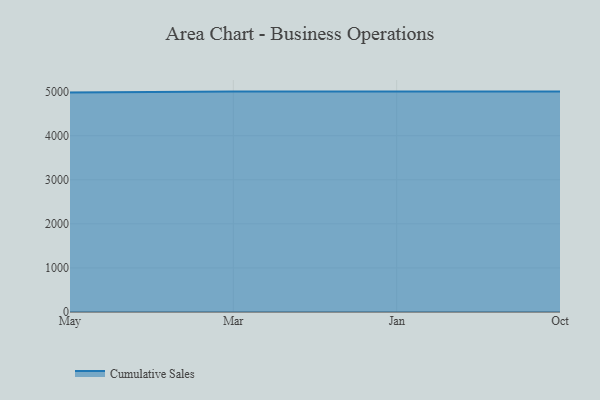
{"axis": {"x": "Month", "y": "Waste Production (Tons)"}, "legend": ["Cumulative Sales"], "data": [{"x": "May", "y": 4979.7, "type": "Cumulative Sales"}, {"x": "Mar", "y": 5000, "type": "Cumulative Sales"}, {"x": "Jan", "y": 5000, "type": "Cumulative Sales"}, {"x": "Oct", "y": 5000, "type": "Cumulative Sales"}]}